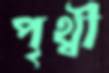
পৃথ্বী